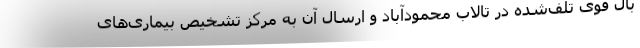
بال قوی تلف‌شده در تالاب محمودآباد و ارسال آن به مرکز تشخیص بیماری‌های